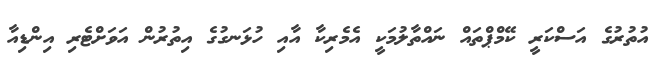
އުތުރުގެ އަސްކަރީ ކޭމްޕްތައް ނައްތާލުމަކީ އެމެރިކާ އާއި ހުޅަނގުގެ އިތުރުން އަވަށްޓެރި އިންޑިއާ